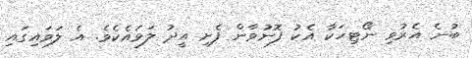
ބުނެ އެރުވި ނޯޓިހަކާ އެކު ފޮނުވާން ފެށި އީދު ލަވައެކެވެ. އެ ލަވައިގައި